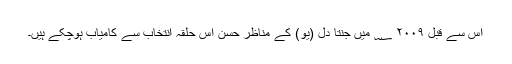
اس سے قبل ۲۰۰۹ ؁ میں جنتا دل (یو) کے مناظر حسن اس حلقۂ انتخاب سے کامیاب ہوچکے ہیں۔